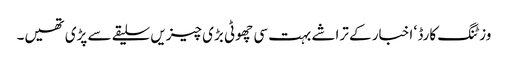
وزٹنگ کارڈ ‘ اخبار کے تراشے بہت سی چھوٹی بڑی چیزیں سلیقے سے پڑی تھیں۔